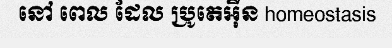
នៅ ពេល ដែល ប្រូតេអ៊ីន homeostasis